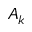
A _ { k }